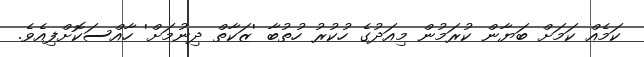
ކަމެއް ކަމަށް ބަޔާން ކުރަމުން މިއަދުގެ ހުކުރު ހުތުބާ 'ޒަކާތް ދިނުމަށް' ހާއްސަކޮށްފިއެވެ.